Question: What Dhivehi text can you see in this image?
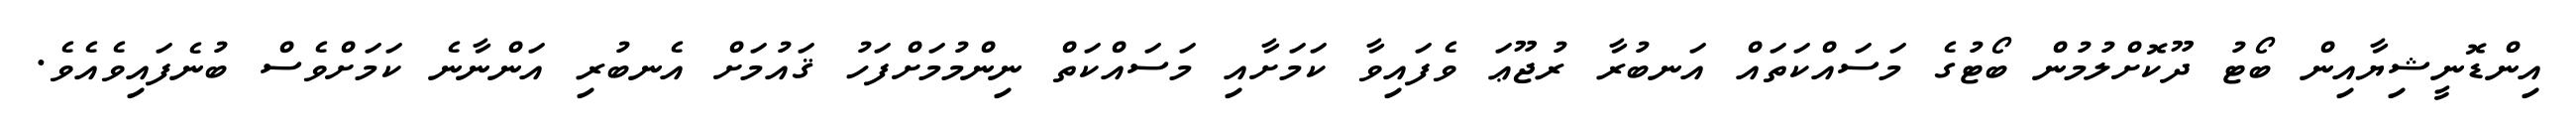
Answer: އިންޑޮނީޝިޔާއިން ބޯޓު ދޫކޮށްލުމުން ބޯޓުގެ މަސައްކަތައް އަނބުރާ ރުޖޫޢަ ވެފައިވާ ކަމަށާއި މަސައްކަތް ނިންމުމަށްފަހު ޤައުމަށް އެނބުރި އަންނާނެ ކަމަށްވެސް ބުނެފައިވެއެވެ.